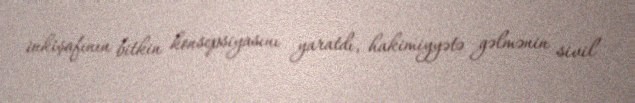
inkişafının bitkin konsepsiyasını yaratdı, hakimiyyətə gəlmənin sivil